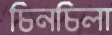
চিনচিলা